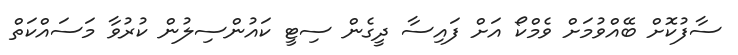
ސާފުކޮށް ބޭއްވުމަށް ވެމްކޯ އަށް ފައިސާ ދީގެން ސިޓީ ކައުންސިލުން ކުރުވާ މަސައްކަތް